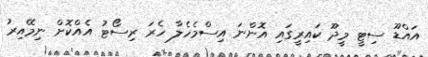
އައްޑޫ ސިޓީ މީދޫ ކައިރީގައި އޮންނަ އިސްމެހެލާ ހެރަ ރިސޯޓު އެއްކޮށް ނިމޭއިރު